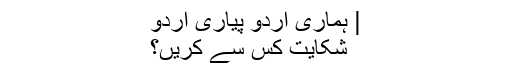
| ہماری اردو پیاری اردو
شکایت کس سے کریں؟